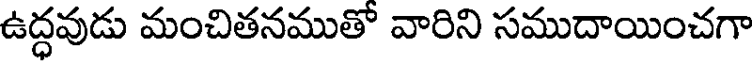
ఉద్ధవుడు మంచితనముతో వారిని సముదాయించగా